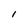
Character: l